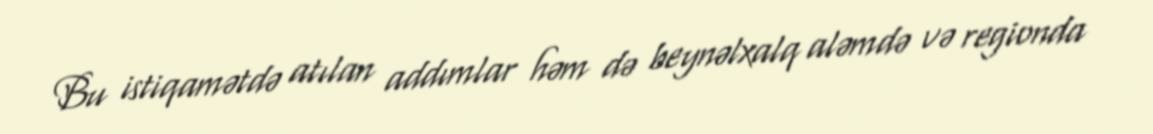
Bu istiqamətdə atılan addımlar həm də beynəlxalq aləmdə və regionda